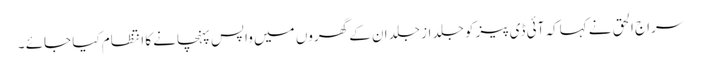
سراج الحق نے کہاکہ آئی ڈی پیز کو جلد از جلد ان کے گھروں میں واپس پہنچانے کا انتظام کیا جائے ۔